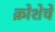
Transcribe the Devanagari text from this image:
क्रोशेचे